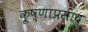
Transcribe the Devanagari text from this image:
कृ्ष्णाप्रसाद